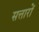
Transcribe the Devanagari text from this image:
सत्तारों